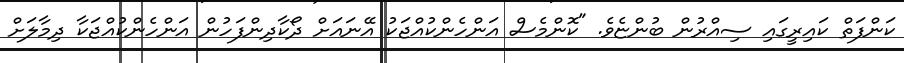
ކަންފަތް ކައިރީގައި ސިއްރުން ބުންޏެވެ. "ކޮންމެސް އަންހެންކުއްޖަކު އޭނައަށް ދޯކާދިންފަހުން އަންހެންކުއްޖަކާ ދިމާލަށް